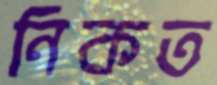
নিকত